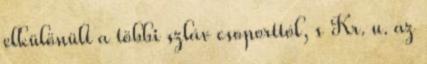
elkülönült a többi szláv csoporttól, s Kr. u. az